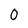
Character: 0